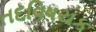
તદવિષયક